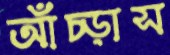
আঁচ্‌ড়াস